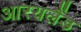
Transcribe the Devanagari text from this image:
आरयलैंड